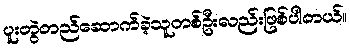
ပူးတွဲတည်ဆောက်ခဲ့သူတစ်ဦးလည်းဖြစ်ပါတယ်။